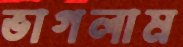
ভাগলাম